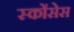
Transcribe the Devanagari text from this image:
स्कोंसेस